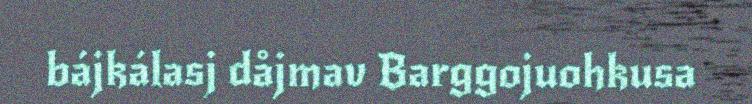
bájkálasj dåjmav Barggojuohkusa